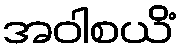
အဝါစယိံ